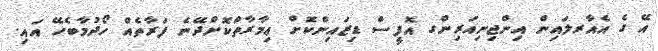
އޭ ގެ އެއާރލައިން އިންޖިނިއަރިންގ އޮފީސް ޑިޒައިންކޮށް ޢިމާރާތްކޮށްދޭނެ ފަރާތެއް ހޯދުމާބެހޭ އައި.